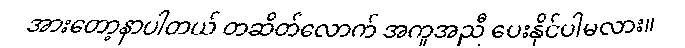
အားတော့နာပါတယ် တဆိတ်လောက် အကူအညီ ပေးနိုင်ပါမလား။